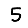
Digit: 5